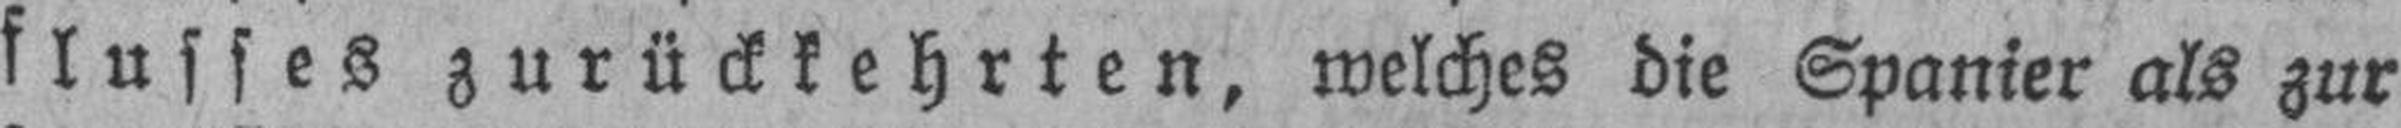
flusses zurückkehrten, welches die Spanier als zur